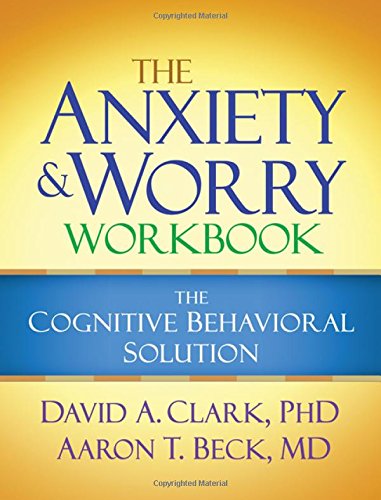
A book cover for The Anxiety and Worry Workbook: The Cognitive Behavioral Solution; David A. Clark PhD; Science & Math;